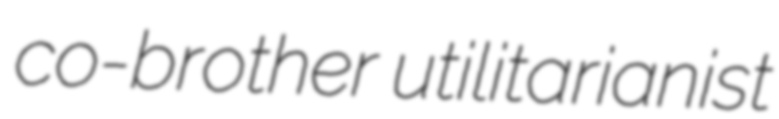
co-brother utilitarianist